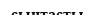
сынтасты